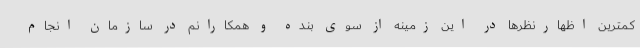
کمترین اظهارنظرها در این زمینه از سوی بنده و همکارانم در سازمان انجام